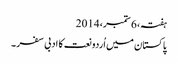
ہفتہ، 6 ستمبر، 2014
پاکستان میں اُردو نعت کا ادبی سفر ۔